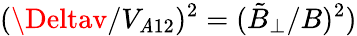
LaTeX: (\Deltav/V_{\mathit{A}12})^{2}=(\tilde{{B}}_{\perp}/B)^{2})